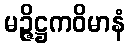
မဉ္ဇိဋ္ဌကဝိမာနံ